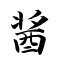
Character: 酱